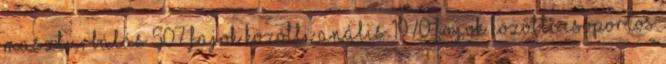
Maszturbálás 507 Fajok Közötti Anális 1970 Fajok Közötti Csoportos